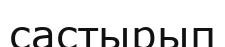
састырып